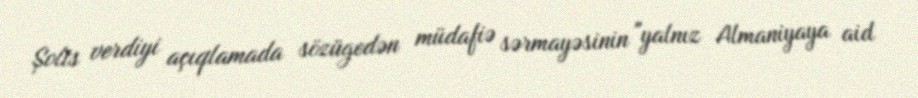
Şolts verdiyi açıqlamada sözügedən müdafiə sərmayəsinin "yalnız Almaniyaya aid